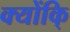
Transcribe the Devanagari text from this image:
क्योंकि्